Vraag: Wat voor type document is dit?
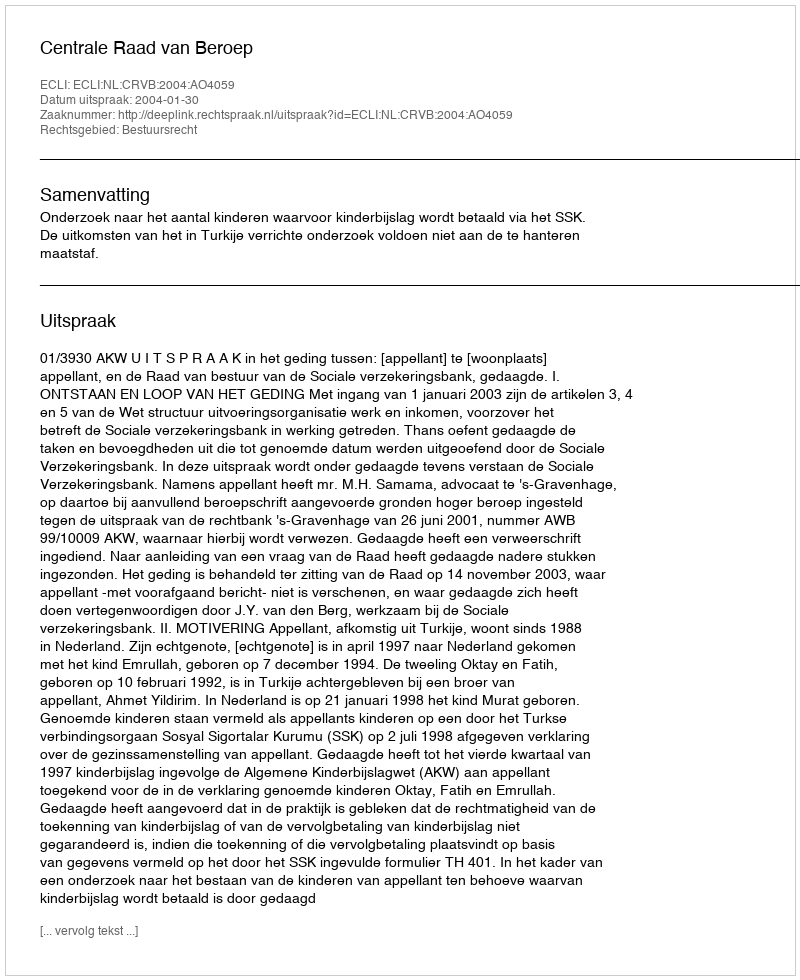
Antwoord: Uitspraak